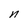
Character: n